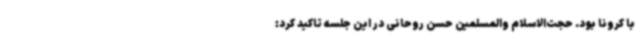
با کرونا بود. حجت‌الاسلام والمسلمین حسن روحانی در این جلسه تاکید کرد: